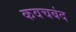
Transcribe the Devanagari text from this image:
कवचबंद